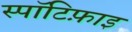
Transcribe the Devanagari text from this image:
स्पॉटिफ़ाइ